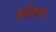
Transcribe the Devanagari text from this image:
महिन्यां